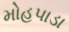
મોહપાડા